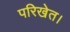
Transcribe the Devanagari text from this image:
परिखेत।